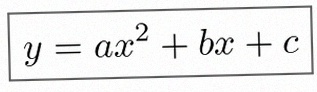
y=ax^2+bx+c